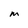
Character: M